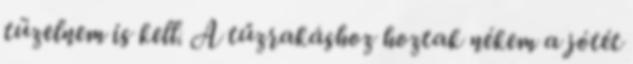
tüzelnem is kell. A tűzrakáshoz hoztak nékem a jótét